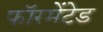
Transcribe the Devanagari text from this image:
फॉरमेंटेड